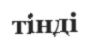
тінді